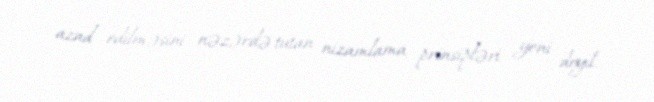
azad edilməsini nəzərdə tutan nizamlama prinsipləri yeni deyil.